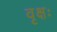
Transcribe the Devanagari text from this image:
वृक्षः